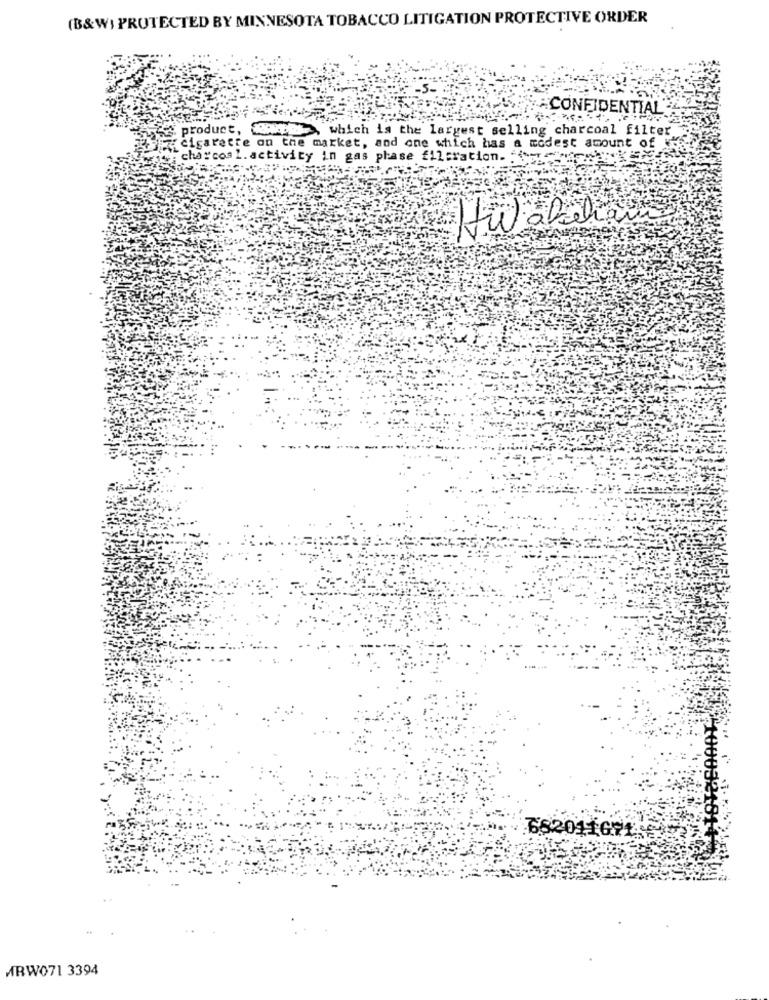
(B&W) PROTECTED BY MINNESOTA TOBACCO LITIGATION PROTECTIVE ORDER
CONFIDENTIAL
product,
WED, which is the largest selling charcoal filter
cigarette on the market, and one which has a modest amount of
cha"cos L. activity in gas phase filtration. ""
Hwakelin
682011691.
1000321814
MRW071 3394